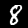
Label: 8